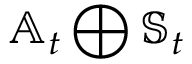
\mathbb { A } _ { t } \bigoplus \mathbb { S } _ { t }